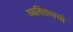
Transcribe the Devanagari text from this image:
व्यक्‍तिवाची